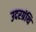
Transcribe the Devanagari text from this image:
उदरग्रंथि